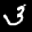
Label: 3